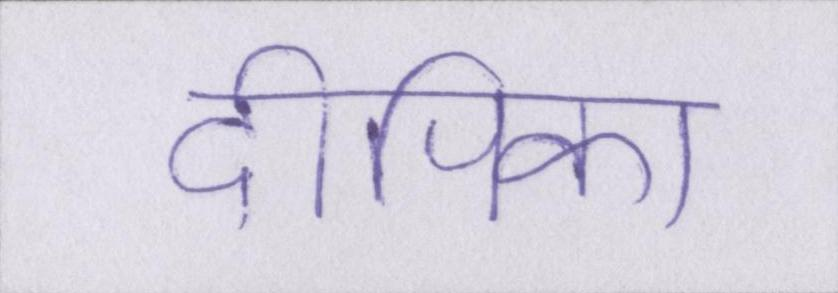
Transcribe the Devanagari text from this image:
दीपिका